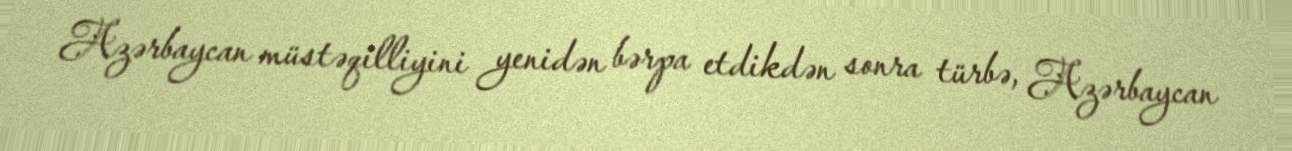
Azərbaycan müstəqilliyini yenidən bərpa etdikdən sonra türbə, Azərbaycan